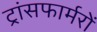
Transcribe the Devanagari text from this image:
ट्रांसफार्मरों